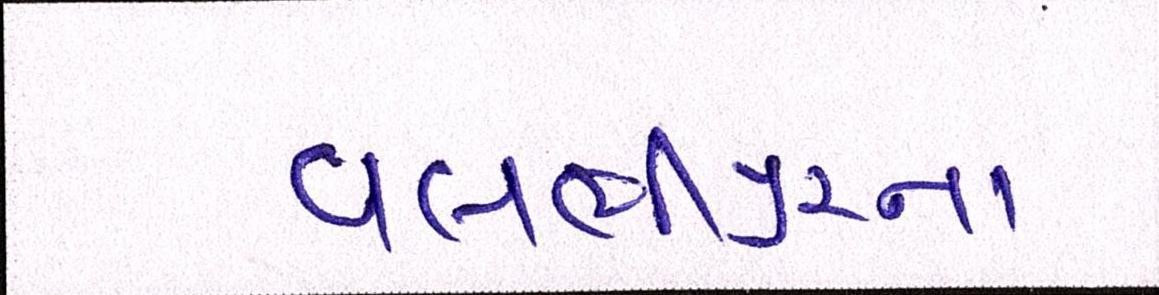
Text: વલભીપુરના